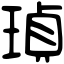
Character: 𤦹